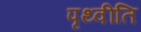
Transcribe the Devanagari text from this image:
पृथ्वीति